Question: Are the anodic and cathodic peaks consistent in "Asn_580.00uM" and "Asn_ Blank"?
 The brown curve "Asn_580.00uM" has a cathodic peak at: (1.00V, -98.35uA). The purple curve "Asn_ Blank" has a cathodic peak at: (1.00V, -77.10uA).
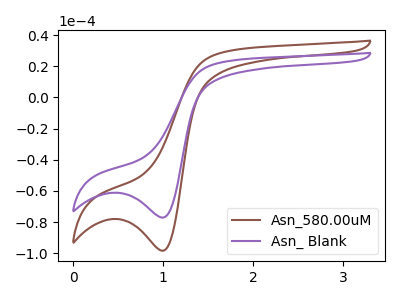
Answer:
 <answer>Yes, "Asn_580.00uM" have a peak in "Asn_ Blank" at the same potential.</answer>
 <eval>match</eval>